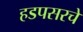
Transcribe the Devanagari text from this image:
हडपसरचे